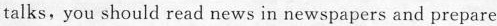
talks, you should read news in newspapers and prepare